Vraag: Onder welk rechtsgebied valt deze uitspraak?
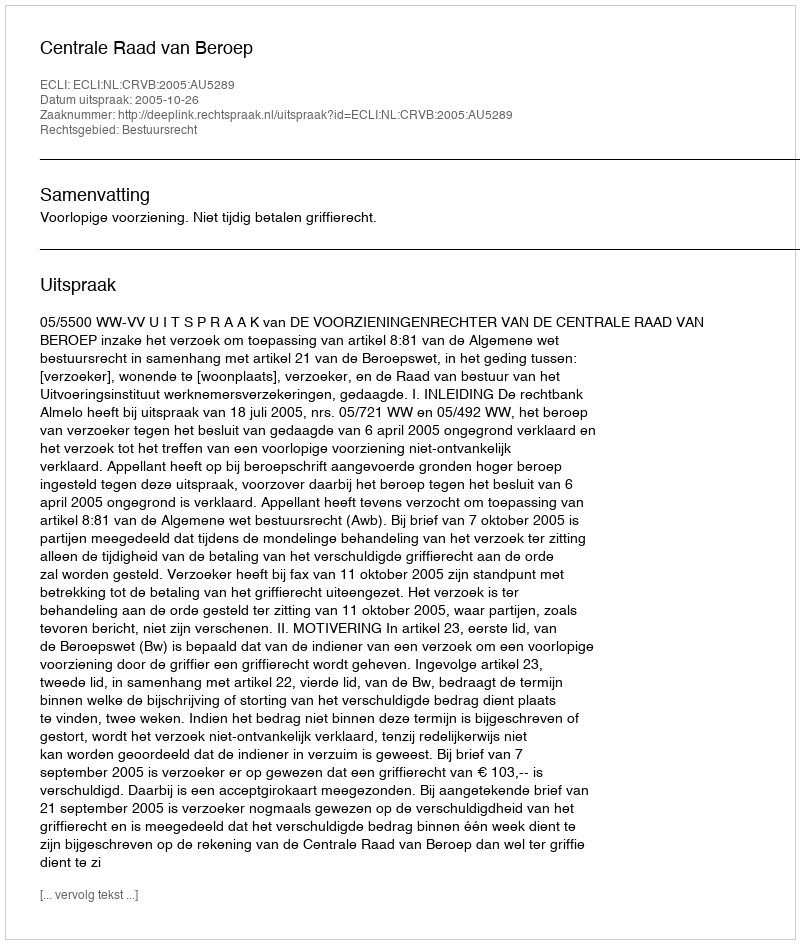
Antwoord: Bestuursrecht